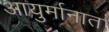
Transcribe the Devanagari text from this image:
आयुर्मानात